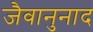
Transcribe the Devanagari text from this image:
जैवानुनाद